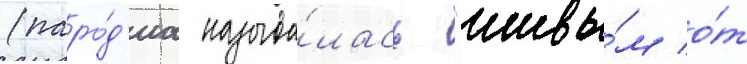
(паро́д'иа называ́лась "живы́м о́т